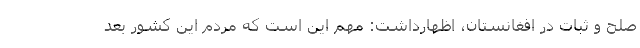
صلح و ثبات در افغانستان، اظهارداشت: مهم این است که مردم این کشور بعد